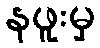
နဖူးမှ